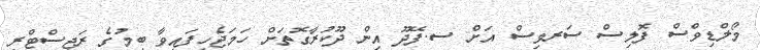
މޯލްޑިވްސް ފޮލިސް ސަރވިސް އަށް ސ.ފޭދޫ އިން ދޫކުރާގޮތަށް ހަމަޖެހިފައިވާ ބިމުގެ ރަޖިސްޓްރީ